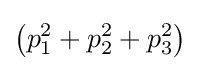
\left(p_{1}^{2}+p_{2}^{2}+p_{3}^{2}\right)